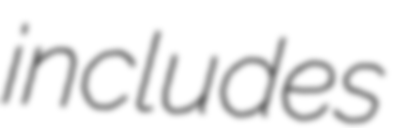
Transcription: includes